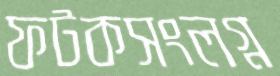
ফটকসংলগ্ন